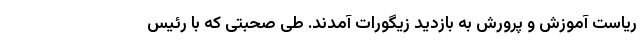
ریاست آموزش و پرورش به بازدیدِ زیگورات آمدند. طی صحبتی که با رئیس